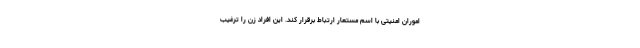
اموران امنیتی با اسم مستعار ارتباط برقرار کند. این افراد زن را ترغیب